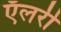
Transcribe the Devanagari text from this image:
ऍलरी